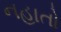
નહાતો